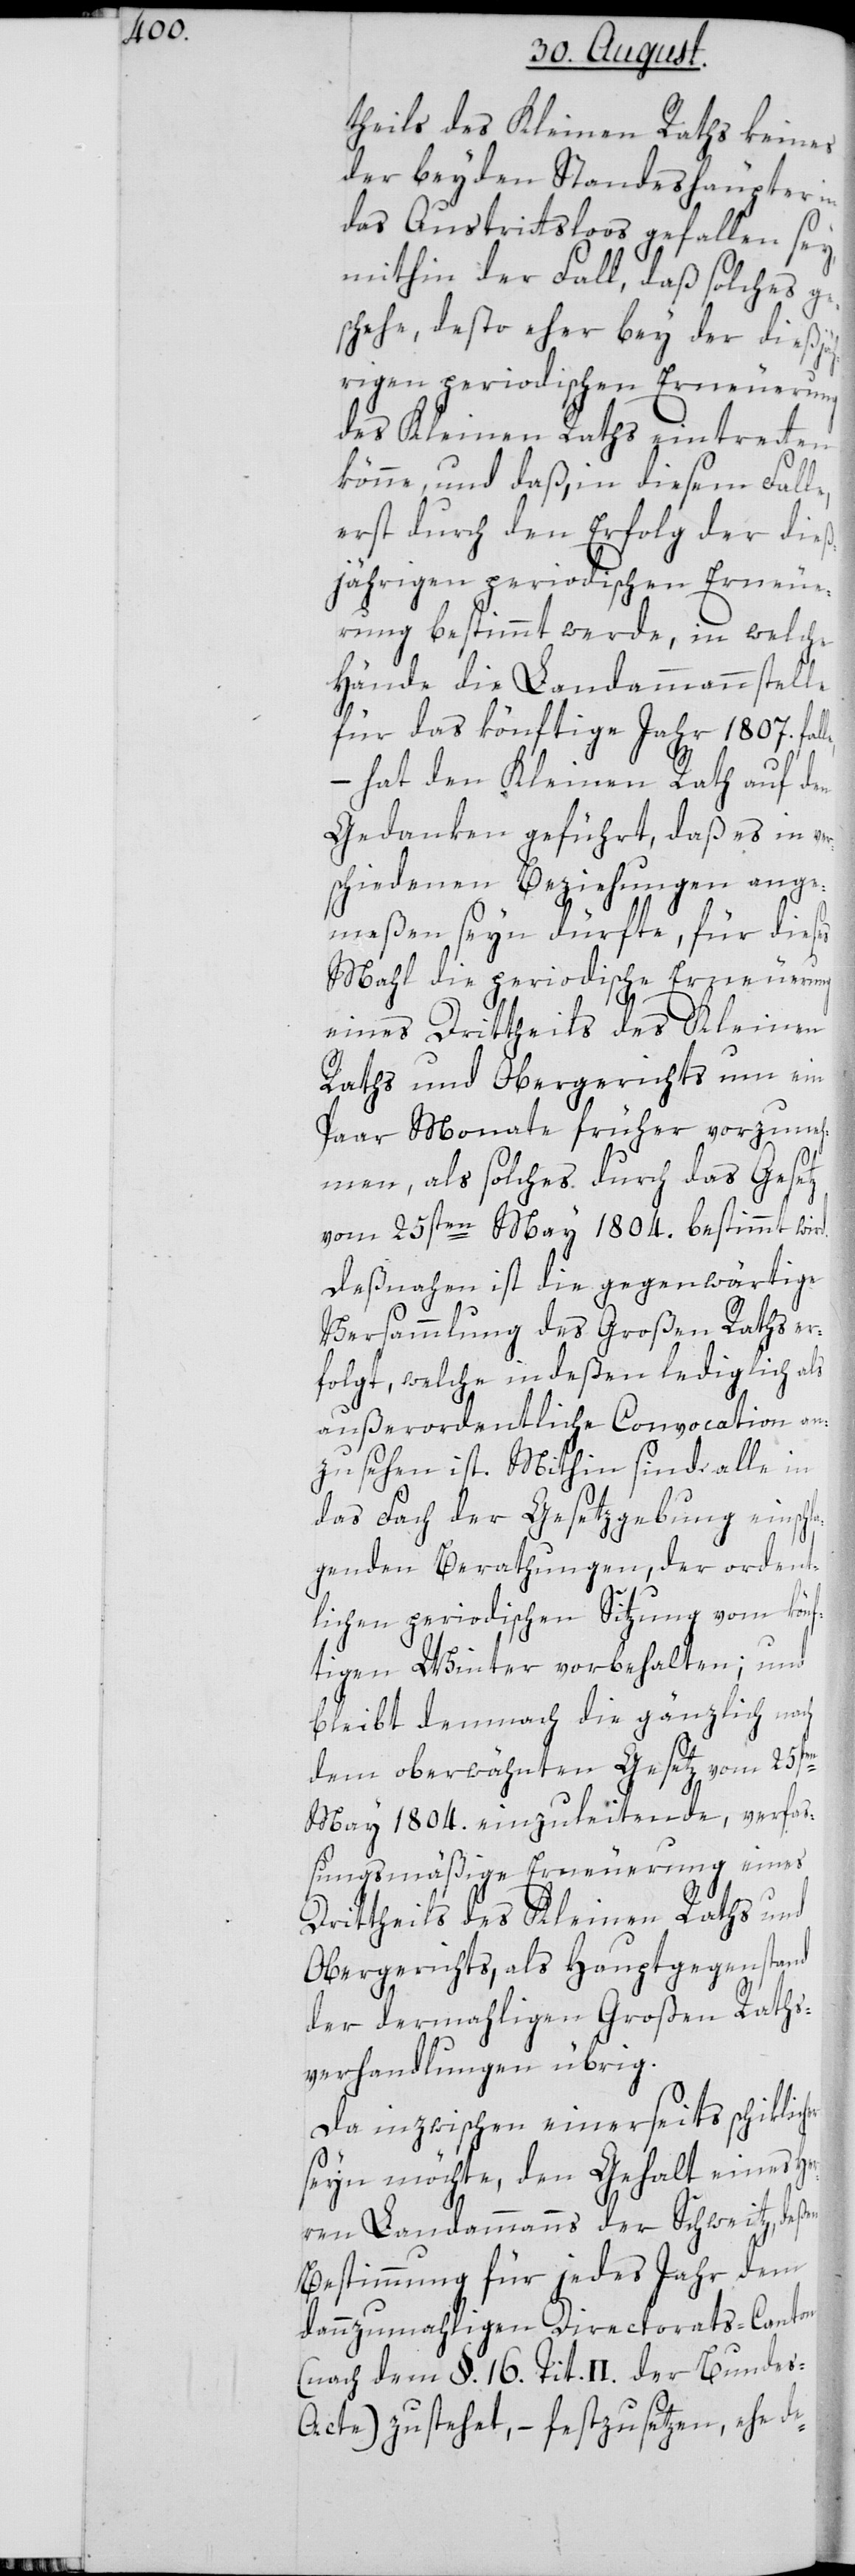
theils des Kleinen Raths keines
der beyden Standeshäupter in
das Austrittsloos gefallen sey,
mithin der Fall, daß solches ge¬
schehe, desto eher bey der dießjä¬
hrigen periodischen Erneuerung
des Kleinen Raths eintretten
könne, und daß, in diesem Falle,
erst durch den Erfolg der dieß¬
jährigen periodischen Erneue¬
rung bestimmt werde, in welche
Hände die Landammannstelle
für das könftige Jahr 1807.
– hat den Kleinen Rath auf den
Gedanken geführt, daß es in ver¬
schiedenen Beziehungen ange¬
meßen seyn dürfte, für dieses
Mahl die periodische Erneuerung
eines Drittheils des Kleinen
Raths und Obergerichts um ein
Paar Monate früher vorzuneh¬
men, als solches durch das Gesetz
vom 25sten May 1804. bestimmt wird.
Deßnahen ist die gegenwärtige
Versammlung des Großen Raths er¬
folgt, welche indeßen lediglich als
außerordentliche Convocation an¬
zusehen ist. Mithin sind alle in
das Fach der Gesetzgebung einschl¬
agenden Berathungen, der ordent¬
lichen periodischen Sitzung vom könf¬
tigen Winter vorbehalten; und
bleibt demnach die gänzlich nach
dem oberwähnten Gesetz vom 25sten
May 1804. einzuleitende, verfa¬
ßungsmäßige Erneuerung eines
Drittheils des Kleinen Raths und
Obergerichts, als Hauptgegenstand
der dermahligen Großen Raths¬
verhandlungen übrig.
Da inzwischen einerseits schiklicher
seyn möchte, den Gehalt eines He¬
rren Landammanns der Schweitz, deßen
Bestimmung für jedes Jahr dem
dannzumahligen Directorats-Canton
(nach dem §. 16. Tit. II. der Bunde¬
s-Acte) zustehet, – festzusetzen, ehe de-